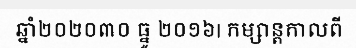
ឆ្នាំ២០២០៣០ ធ្នូ ២០១៦| កម្សាន្តកាលពី